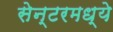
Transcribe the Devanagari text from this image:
सेन्टरमध्ये